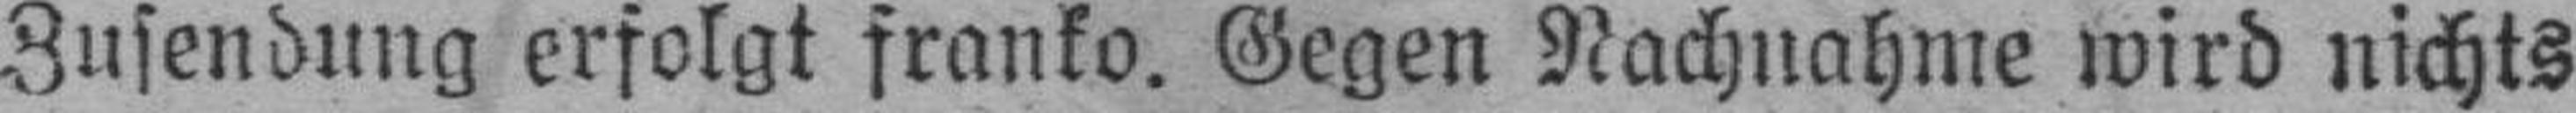
Zusendung erfolgt franko. Gegen Nachnahme wird nichts